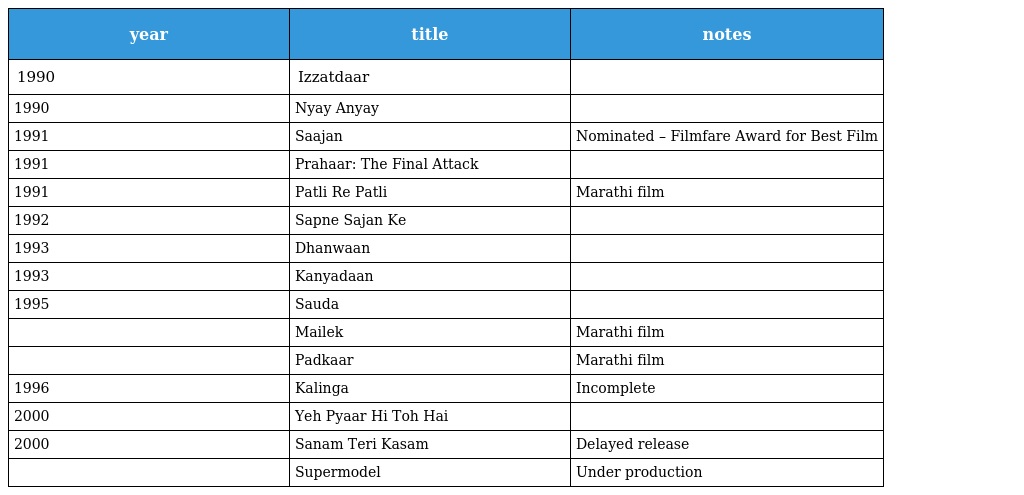
| year | title | notes |
 | --- | --- | --- |
 | 1990 | Izzatdaar |  |
 | 1990 | Nyay Anyay |  |
 | 1991 | Saajan | Nominated – Filmfare Award for Best Film |
 | 1991 | Prahaar: The Final Attack |  |
 | 1991 | Patli Re Patli | Marathi film |
 | 1992 | Sapne Sajan Ke |  |
 | 1993 | Dhanwaan |  |
 | 1993 | Kanyadaan |  |
 | 1995 | Sauda |  |
 |  | Mailek | Marathi film |
 |  | Padkaar | Marathi film |
 | 1996 | Kalinga | Incomplete |
 | 2000 | Yeh Pyaar Hi Toh Hai |  |
 | 2000 | Sanam Teri Kasam | Delayed release |
 |  | Supermodel | Under production |